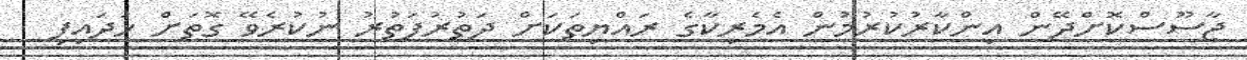
ޖާސޫސްކޮށްދޭން އިންކާރުކުރުމުން އެމެރިކާގެ ރައްޔިތަކަށް ދަތުރުފަތުރު ނުކުރެވޭ ގޮތަށް ހަދައިފި